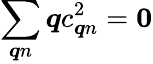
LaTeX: \sum_{\boldsymbol{q}n}\boldsymbol{q}c_{\boldsymbol{q}n}^{2}=\boldsymbol{0}